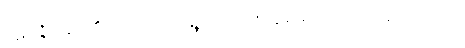
ပဋိပဇ္ဇိ၊ သွား၏။ တာဝ၊ ထိုရွေ့လောက်။ ဣဓေဝ၊ ဤအရပ်၌သာလျှင်။